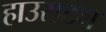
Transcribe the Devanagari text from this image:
हाउसटन